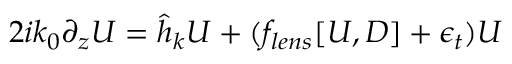
2 i k _ { 0 } \partial _ { z } U = \hat { h } _ { k } U + ( f _ { l e n s } [ U , D ] + \epsilon _ { t } ) U